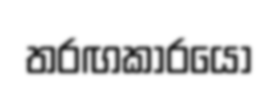
තරඟකාරයෝ